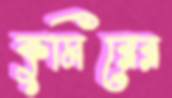
কুমিরের